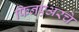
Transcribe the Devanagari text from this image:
फिनएअरचे